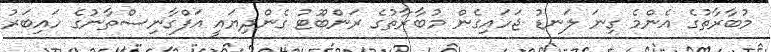
މުބާރާތުގެ އެންމެ ގިނަ ލަނޑު ޖަހައިގެން މުބާރާތުގެ ރަންބޫޓު ގެންދިޔައީ އަފްގާނިސްތާނުގެ ހައިބަރު